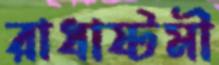
রাধাষ্টমী